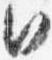
日